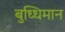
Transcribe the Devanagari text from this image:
बुध्धिमान